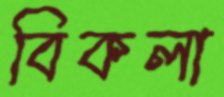
বিকলা